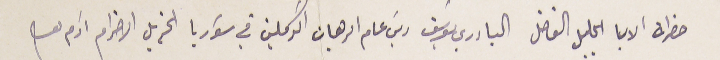
حضرات الابا الجليل الفاضل الباري يوسَف ريسَ عام الرهبان الكرملين في سَوريا الجزيل الاحترام ادام بقاه